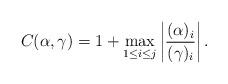
LaTeX: \begin{align*}C(\alpha,\gamma)=1+\max_{1\leq i\leq j}\left|\frac{(\alpha)_{i}}{(\gamma)_{i}}\right|.\end{align*}